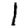
Digit: 1